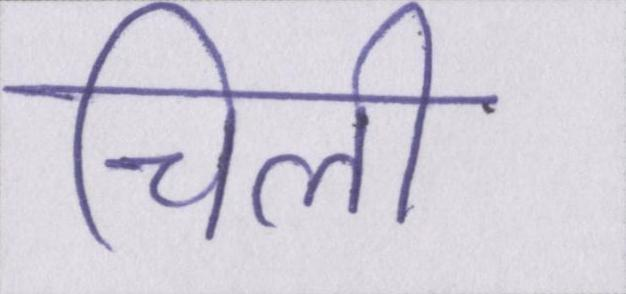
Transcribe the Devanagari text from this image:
चिली